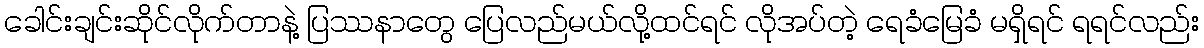
ခေါင်းချင်းဆိုင်လိုက်တာနဲ့ ပြဿနာတွေ ပြေလည်မယ်လို့ထင်ရင် လိုအပ်တဲ့ ရေခံမြေခံ မရှိရင် ရရင်လည်း